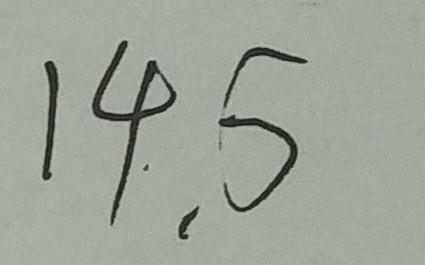
1 4 . 5